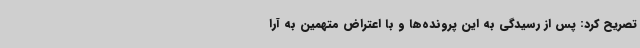
تصریح کرد: پس از رسیدگی به این پرونده‌ها و با اعتراض متهمین به آرا